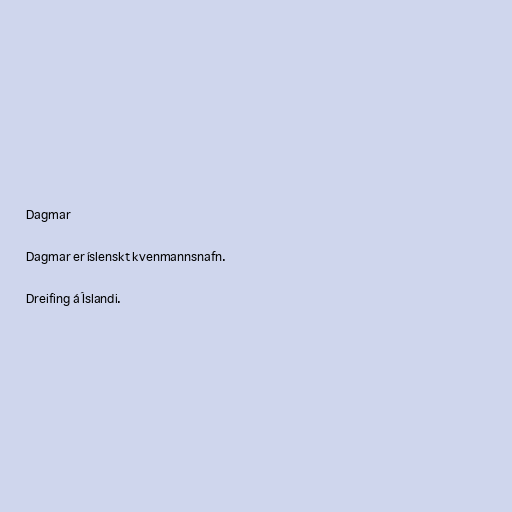
Dagmar

Dagmar er íslenskt kvenmannsnafn.

Dreifing á Íslandi.